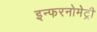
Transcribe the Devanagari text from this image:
इन्फरनोमेट्री